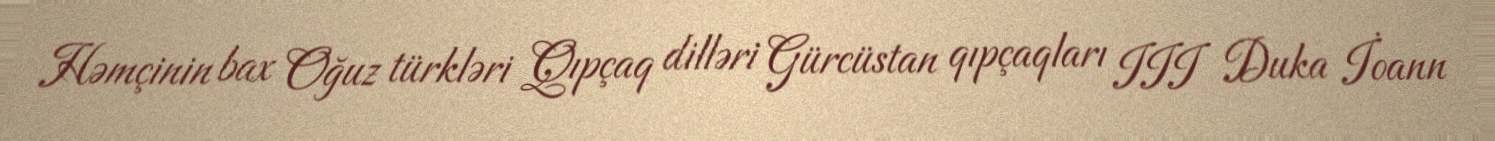
Həmçinin bax Oğuz türkləri Qıpçaq dilləri Gürcüstan qıpçaqları III Duka İoann